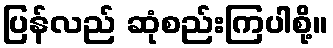
ပြန်လည် ဆုံစည်းကြပါစို့။